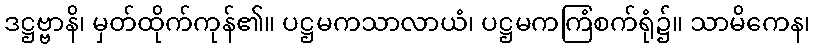
ဒဋ္ဌဗ္ဗာနိ၊ မှတ်ထိုက်ကုန်၏။ ပဋ္ဌမကသာလာယံ၊ ပဋ္ဌမကကြံစက်ရုံ၌။ သာမိကေန၊